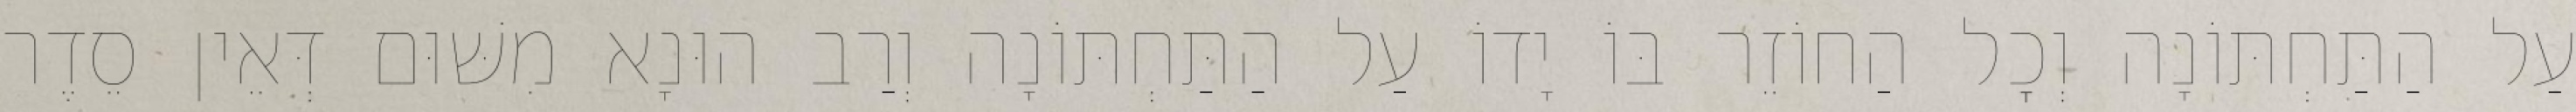
עַל הַתַּחְתּוֹנָה וְכׇל הַחוֹזֵר בּוֹ יָדוֹ עַל הַתַּחְתּוֹנָה וְרַב הוּנָא מִשּׁוּם דְּאֵין סֵדֶר